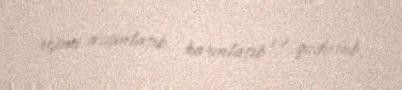
rejimi azğınlaşıb, harınlaşıb və qudurub.